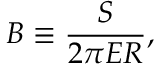
B \equiv { \frac { S } { 2 \pi E R } } ,